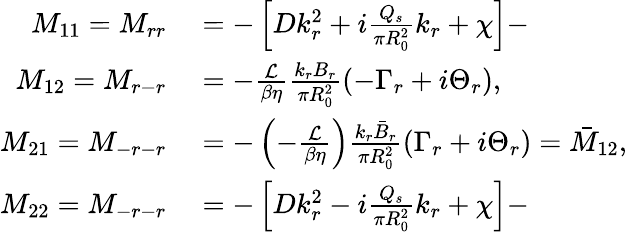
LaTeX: \begin{array}{rl}{M_{11}=M_{rr}}&{{}=-\left[Dk_{r}^{2}+i\frac{Q_{s}}{\pi R_{0}^{2}}k_{r}+\chi\right]-}\\ {M_{12}=M_{r-r}}&{{}=-\frac{\mathcal{L}}{\beta\eta}\frac{k_{r}B_{r}}{\pi R_{0}^{2}}(-\Gamma_{r}+i\Theta_{r}),}\\ {M_{21}=M_{-r-r}}&{{}=-\left(-\frac{\mathcal{L}}{\beta\eta}\right)\frac{k_{r}\bar{B}_{r}}{\pi R_{0}^{2}}(\Gamma_{r}+i\Theta_{r})=\bar{M}_{12},}\\ {M_{22}=M_{-r-r}}&{{}=-\left[Dk_{r}^{2}-i\frac{Q_{s}}{\pi R_{0}^{2}}k_{r}+\chi\right]-}\end{array}